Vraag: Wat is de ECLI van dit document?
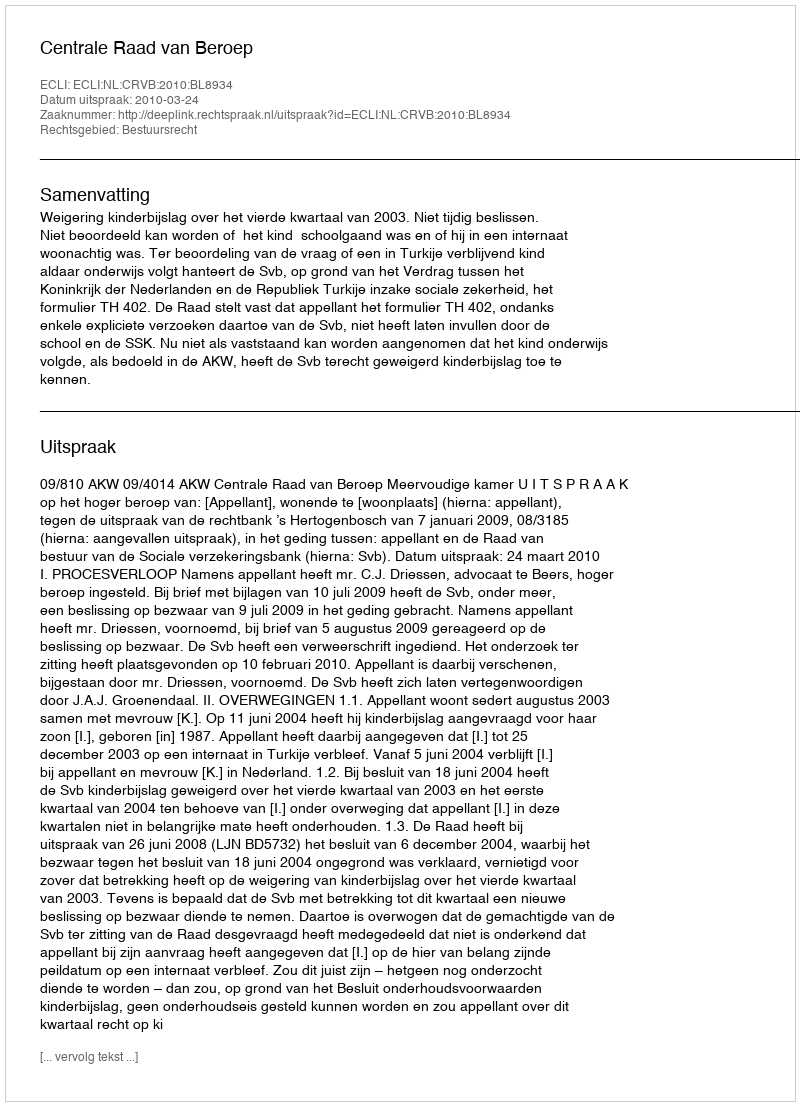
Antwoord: ECLI:NL:CRVB:2010:BL8934